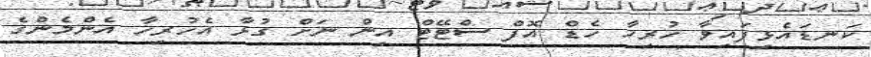
ކަނޑައެޅިފައިވާ ހުރިހާ ހެޑް އޮފް ސްޓޭޓް އިން ނަށް ގުޅާ އެހުރިހާ އެންމެންގެ